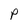
Character: P